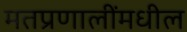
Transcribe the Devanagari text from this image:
मतप्रणालींमधील